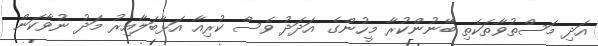
އަދި މަސްތުވާތަކެތި ބޭނުންކުރާ މީހުންގެ އަދަދު ވެސް ކުރިއާ އަޅާބަލާއިރު މަދު ނުވާކަން